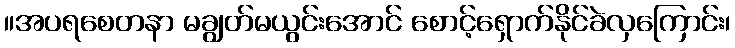
။အပရစေတနာ မချွတ်မယွင်းအောင် စောင့်ရှောက်နိုင်ခဲလှကြောင်း၊